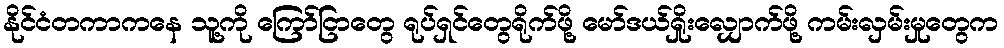
နိုင်ငံတကာကနေ သူ့ကို ကြော်ငြာတွေ ရုပ်ရှင်တွေရိုက်ဖို့ မော်ဒယ်ရှိုးလျှောက်ဖို့ ကမ်းလှမ်းမှုတွေက